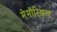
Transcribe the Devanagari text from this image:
मेमोरियल